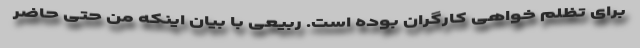
برای تظلم خواهی کارگران بوده است. ربیعی با بیان اینکه من حتی حاضر